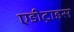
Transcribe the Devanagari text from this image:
एडीट्राइस